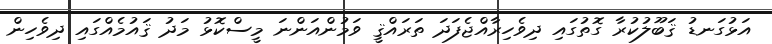
އަޅުގަނޑު ޤަބޫލުކުރާ ގޮތުގައި ދިވެހިރާއްޖެފަދަ ތަރައްޤީ ވަމުންއަންނަ މީސްކޮޅު މަދު ޤައުމެއްގައި ދިވެހިން